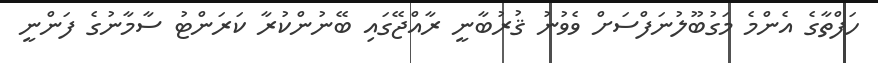
ހަފްތާގެ އެންމެ މަގުބޫލުނަފްސަށް ވެވުނު ޤުރުބާނީ ރާއްޖޭގައި ބޭނުންކުރާ ކަަރަންޓު ސާމާނުގެ ފަންނީ